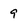
Character: 9